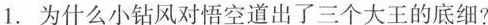
1.为什么小钻风对悟空道出了三个大王的底细?